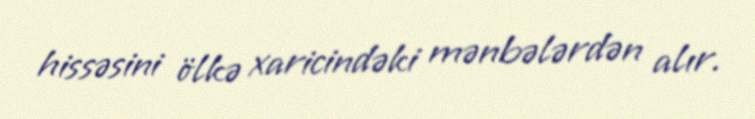
hissəsini ölkə xaricindəki mənbələrdən alır.